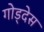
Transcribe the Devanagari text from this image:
गोड्देस